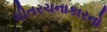
ગીતરચનાકારનો